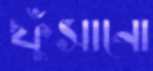
ফুঁসানো